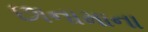
છાનામાના